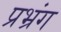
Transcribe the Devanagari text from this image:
प्रभ्रंग